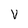
Character: v